Civil Veterinary Department Bengal reports 1933-51 - 1933-1951
Year: 1933
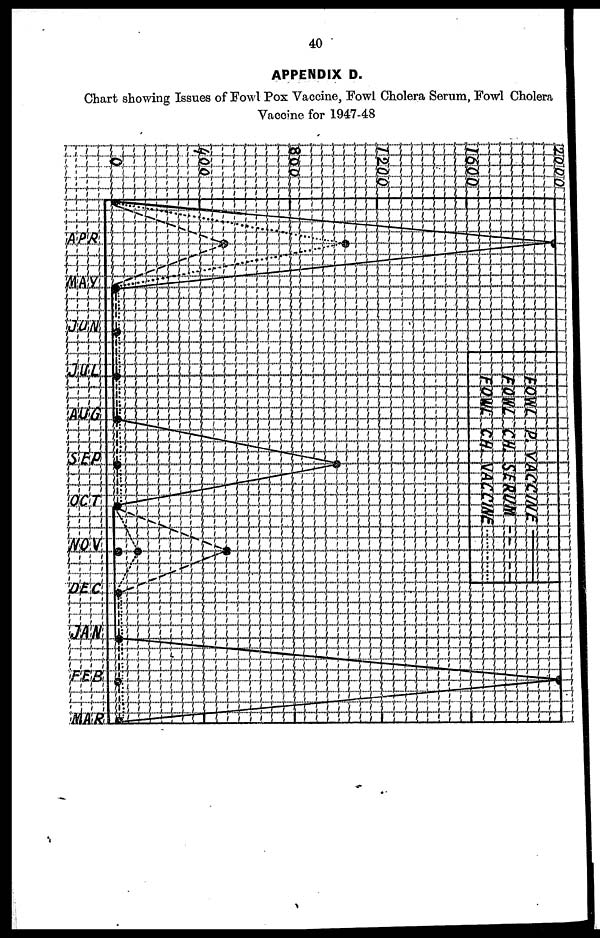
40
APPENDIX D.
Chart showing Issues of Fowl Pox Vaccine, Fowl Cholera Serum, Fowl Cholera
Vaccine for 1947-48